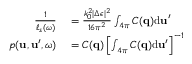
\begin{array} { r l } { \frac { 1 } { \ell _ { s } ( \omega ) } } & { { } = \frac { k _ { 0 } ^ { 2 } | \Delta \epsilon | ^ { 2 } } { 1 6 \pi ^ { 2 } } \int _ { 4 \pi } C ( \boldsymbol { \mathbf { q } } ) \mathrm { d } \boldsymbol { \mathbf { u } } ^ { \prime } } \\ { p ( \boldsymbol { \mathbf { u } } , \boldsymbol { \mathbf { u } } ^ { \prime } , \omega ) } & { { } = C ( \boldsymbol { \mathbf { q } } ) \left[ \int _ { 4 \pi } C ( \boldsymbol { \mathbf { q } } ) \mathrm { d } \boldsymbol { \mathbf { u } } ^ { \prime } \right] ^ { - 1 } } \end{array}